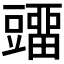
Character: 𰶡